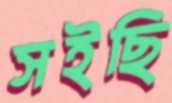
সইছি